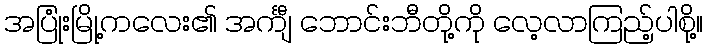
အပြုံးမြို့ကလေး၏ အင်္ကျီ ဘောင်းဘီတို့ကို လေ့လာကြည့်ပါစို့။